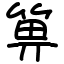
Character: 箅